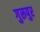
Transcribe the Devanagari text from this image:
गुरूपुर